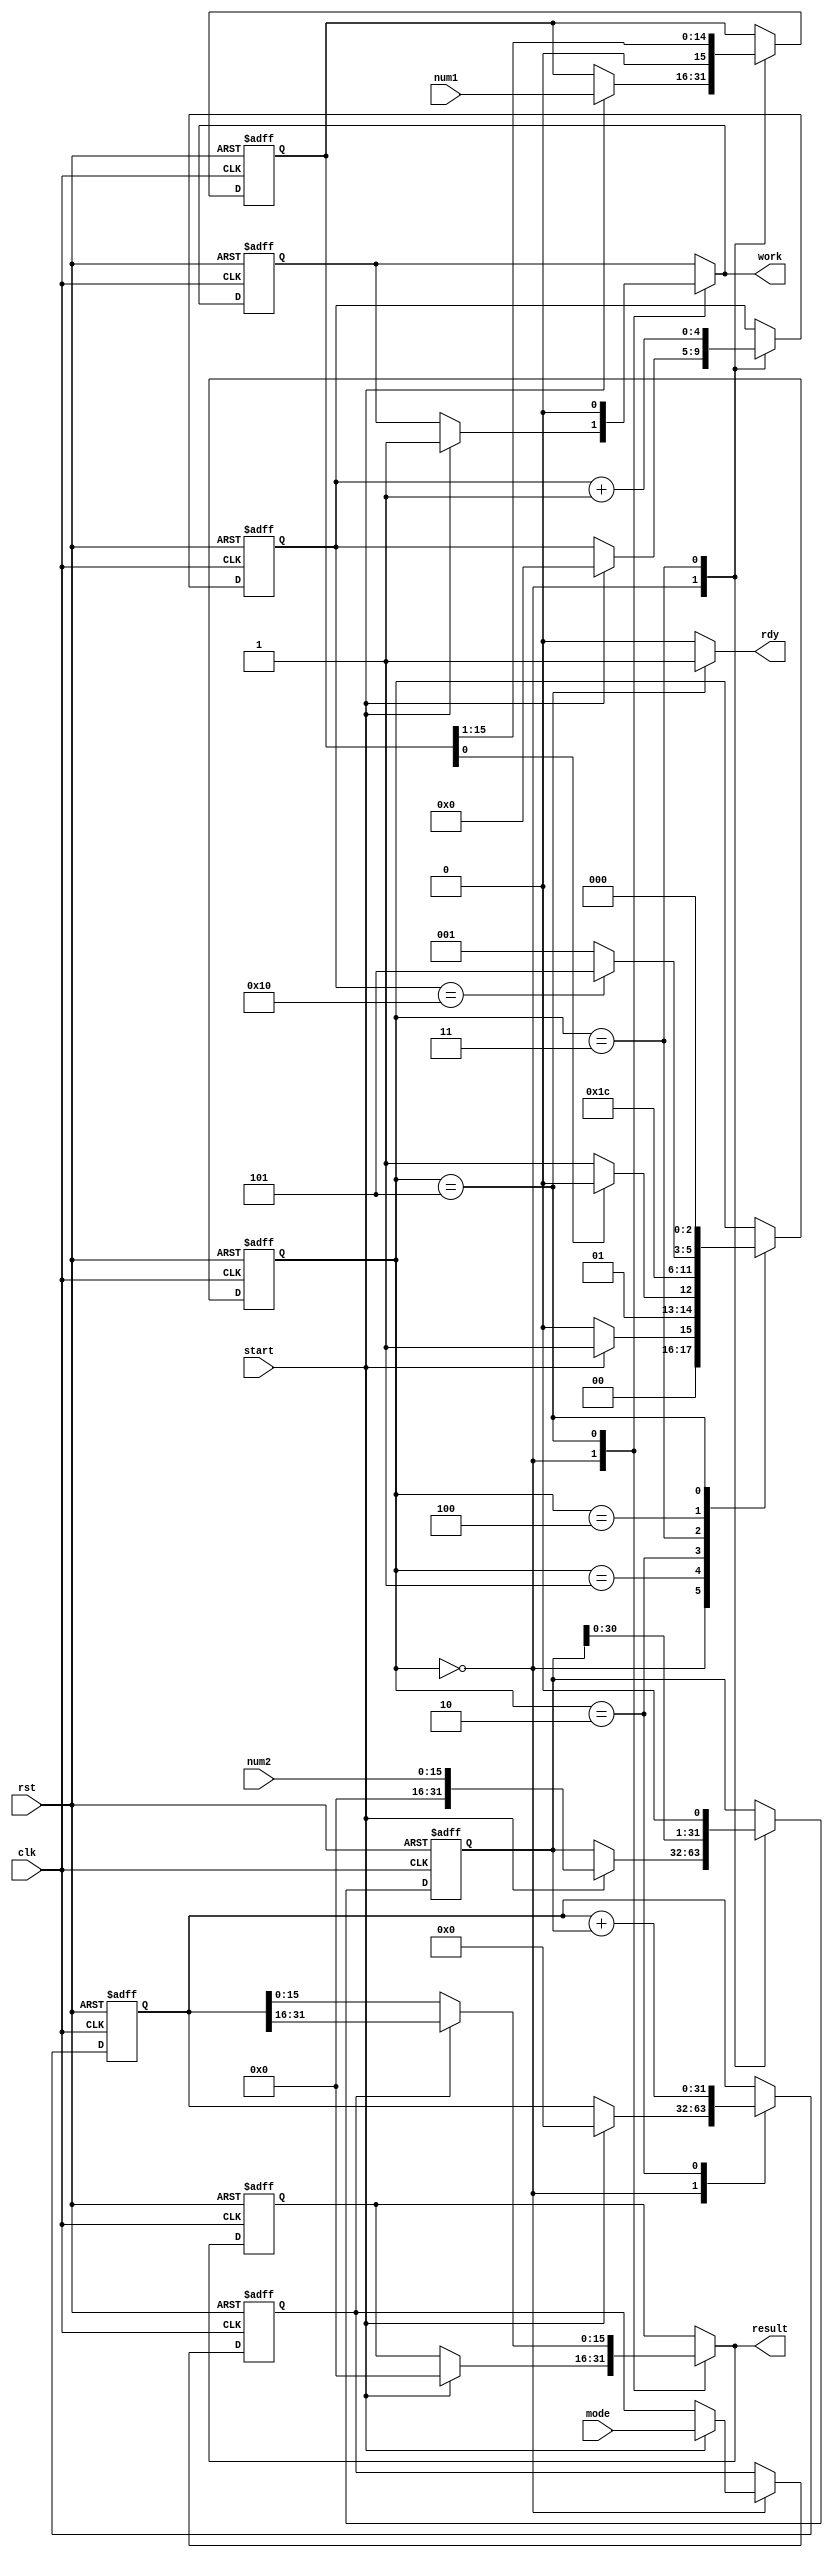
module multiplier(
	input clk,
	input rst,
	input start,
	
	input mode,
	
	input[15:0] num1,
	input[15:0] num2,
	
	output reg[15:0] result,
	output reg rdy,
	output reg work 
	
);

reg[2:0] f_status;
reg[2:0] n_status;

reg[31:0] f_b;
reg[31:0] n_b;

reg[15:0] f_a;
reg[15:0] n_a;

reg[31:0] f_acc;
reg[31:0] n_acc;

reg f_work;

reg[15:0] f_result;

reg[4:0] f_cnt;
reg[4:0] n_cnt;

reg f_m;
reg n_m;

localparam idle = 3'd0;
localparam check1 = 3'd1;
localparam inc = 3'd2;
localparam shift = 3'd3;
localparam check2 = 3'd4;
localparam fin = 3'd5;

always@(posedge clk or posedge rst)begin
	if(rst) begin
		f_status <= 0;
		f_a <= 0;
		f_b <= 0;
		f_acc <= 0;
		f_work <= 0;
		f_cnt <= 0;
		f_m <= 0;
		f_result <= 0;
	end
	else begin
		f_cnt <= n_cnt;
		f_a <= n_a;
		f_b <= n_b;
		f_acc <= n_acc;
		f_status <= n_status;
		f_work <= work;
		f_m <= n_m;
		f_result <= result;
	end
end

always@(*)begin
	n_status = f_status;
	
	case(f_status)
		idle: if(start) n_status = check1;
				else n_status = idle;
		check1: if(f_a[0] == 1'd1) n_status = inc;
				  else n_status = shift;
		inc: n_status = shift;
		shift: n_status = check2;
		check2: if(f_cnt == 5'd16) n_status = fin;
				  else n_status = check1;
		fin: n_status = idle;
	endcase
end

always@(*)begin
	n_a = f_a;
	n_b = f_b;
	n_acc = f_acc;

	n_cnt = f_cnt;
	
	rdy = 0;
	work = f_work;
	result = f_result;
	
	n_m = f_m;
	
	case(f_status)
		idle: if(start) begin
					n_a = num1;
					n_b = {16'd0 , num2};
					n_acc = 0;
					work = 1;
					result = 0;
					n_cnt = 0;
					n_m = mode;
				end
		check1:;
		inc: n_acc = f_acc + f_b;
		shift: begin
					n_a = f_a >> 1;
					n_b = f_b << 1;
					n_cnt = f_cnt + 1;
				 end
		check2:;
		fin: begin
					rdy = 1;
						if(f_m) result = f_acc[31:16]; 
						else result = f_acc[15:0];
					work = 0;
			  end
	endcase
end

endmodule